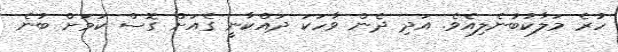
ހުރެ މަލާކުބުނެލިއެވެ. އަދި ދެން ވާހަކަ ދައްކާނީ ގެއަށް ގޮސް ކަމަށް ބުނެ